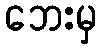
ဘေးမှ